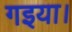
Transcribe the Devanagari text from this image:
गइया।